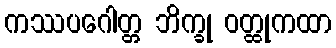
ကဿပဂေါတ္တ ဘိက္ခု ဝတ္ထုကထာ